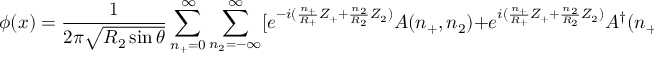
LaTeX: \phi ( x ) = \frac { 1 } { 2 \pi \sqrt { R _ { 2 } \sin \theta } } \sum _ { n _ { + } = 0 } ^ { \infty } \sum _ { n _ { 2 } = - \infty } ^ { \infty } [ e ^ { - i ( \frac { n _ { + } } { R _ { + } } Z _ { + } + \frac { n _ { 2 } } { R _ { 2 } } Z _ { 2 } ) } A ( n _ { + } , n _ { 2 } ) + e ^ { i ( \frac { n _ { + } } { R _ { + } } Z _ { + } + \frac { n _ { 2 } } { R _ { 2 } } Z _ { 2 } ) } A ^ { \dagger } ( n _ { + } , n _ { 2 } ) { ] } \, ,